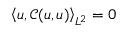
\left< \boldsymbol { u } , \mathcal { C } ( \boldsymbol { u } , \boldsymbol { u } ) \right> _ { L ^ { 2 } } = 0